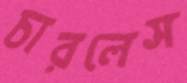
চারলেস